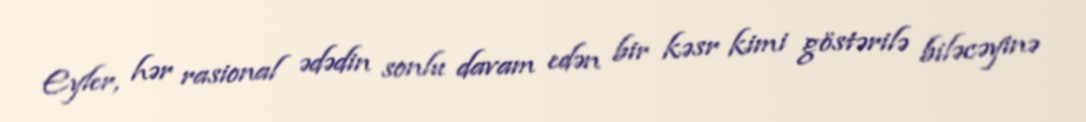
Eyler, hər rasional ədədin sonlu davam edən bir kəsr kimi göstərilə biləcəyinə